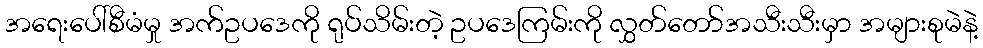
အရေးပေါ်စီမံမှု အက်ဥပဒေကို ရုပ်သိမ်းတဲ့ ဥပဒေကြမ်းကို လွှတ်တော်အသီးသီးမှာ အများစုမဲနဲ့